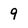
Character: 9